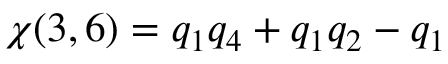
\chi ( 3 , 6 ) = q _ { 1 } q _ { 4 } + q _ { 1 } q _ { 2 } - q _ { 1 }